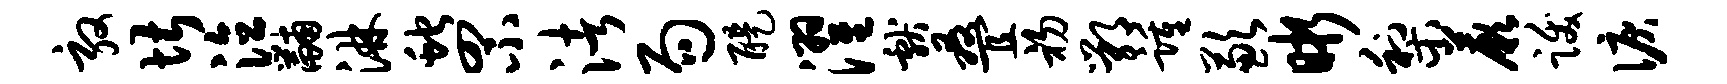
敦堪泣黼淋蛇罘渚局醍濯献叠初鄂踵歉晰梨蕨跋泪